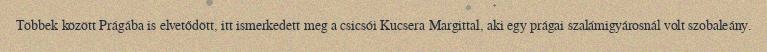
Többek között Prágába is elvetődött, itt ismerkedett meg a csicsói Kucsera Margittal, aki egy prágai szalámigyárosnál volt szobaleány.